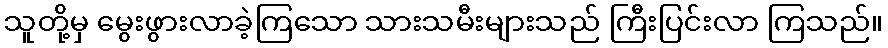
သူတို့မှ မွေးဖွားလာခဲ့ကြသော သားသမီးများသည် ကြီးပြင်းလာ ကြသည်။